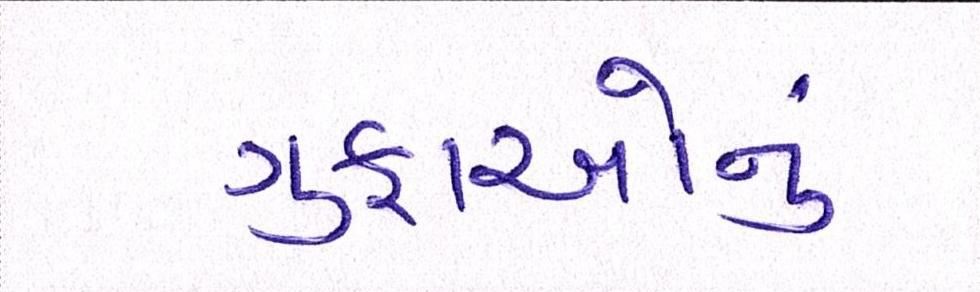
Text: ગુફાઓનું